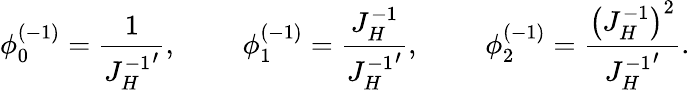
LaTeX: \phi_{0}^{(-1)}={\frac{1}{{J_{H}^{-1}}^{\prime}}},\qquad\; \phi_{1}^{(-1)}={\frac{J_{H}^{-1}}{{J_{H}^{-1}}^{\prime}}},\qquad\; \phi_{2}^{(-1)}={\frac{\left(J_{H}^{-1}\right)^{2}}{{J_{H}^{-1}}^{\prime}}}.